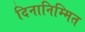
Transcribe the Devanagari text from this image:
दिनानिम्मित